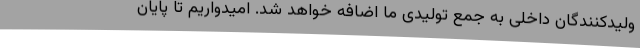
ولیدکنندگان داخلی به جمع تولیدی ما اضافه خواهد شد. امیدواریم تا پایان